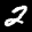
Label: 2